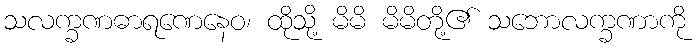
သလက္ခဏဓာရဏေနေဝ၊ ထိုသို့ မိမိ မိမိတို့၏ သဘောလက္ခဏာကို